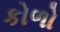
કોળો